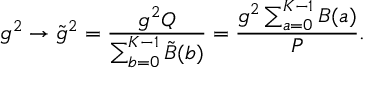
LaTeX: g ^ { 2 } \rightarrow \tilde { g } ^ { 2 } = { \frac { g ^ { 2 } Q } { \sum _ { b = 0 } ^ { K - 1 } \tilde { B } ( b ) } } = { \frac { g ^ { 2 } \sum _ { a = 0 } ^ { K - 1 } B ( a ) } { P } } .